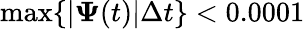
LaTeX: \operatorname*{max}\{ |\mathbf{\Psi}(t)|\Delta t\} <0.0001